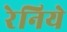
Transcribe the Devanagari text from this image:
रेनिये